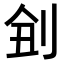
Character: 𠜋